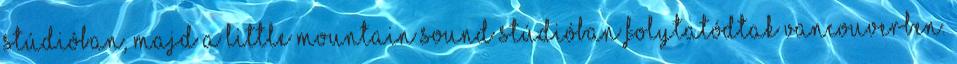
stúdióban, majd a Little Mountain Sound stúdióban folytatódtak Vancouverben.